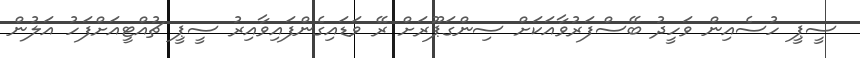
ސީޕީ ހުސެއިން ވަހީދު ބޭސްފަރުވާއަކަށް ސިންގަޕޫރަށް ރޭ ވަޑައިގެންފައިވާއިރު ސީޕީ ޗުއްޓީއަށްފަހު އަލުން